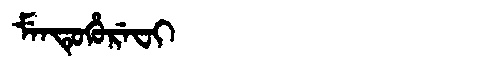
Manchu: ᠮᡝᠨᡨᡠᡥᡠᡵᡝᠸᡳ
Romanization: MENTUHUREFI